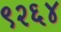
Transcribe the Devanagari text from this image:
९२६४